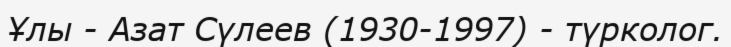
Ұлы - Азат Сүлеев (1930-1997) - түрколог.